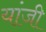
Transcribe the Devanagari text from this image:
यांजी